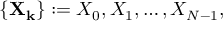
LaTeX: \left\{ \mathbf { X _ { k } } \right\} : = X _ { 0 } , X _ { 1 } , \ldots , X _ { N - 1 } ,